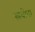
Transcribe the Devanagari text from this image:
स्रबोवा